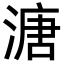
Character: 溏